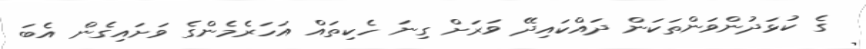
ގެ ކުޅަދުންވަންތަކަން ދައްކައިދޭ ވަރަށް ގިނަ ހެކިތައް އަހަރެމެންގެ ވަށައިގެން އެބަ